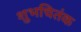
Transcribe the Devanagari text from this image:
शुभचितंक